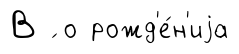
В ́ о рожд'е́н'иjа